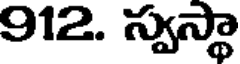
912. స్వస్థా